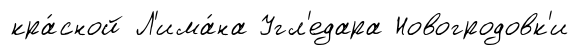
кра́сной Л'има́на Угл'едара Новогродовк'и